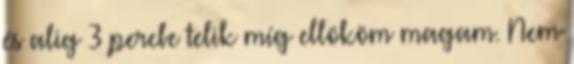
és alig 3 percbe telik míg ellököm magam. Nem